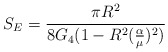
\begin{align*}S_{E} = \frac {\pi R^{2}}{8 G_{4} (1 - R^2 (\frac{\alpha}{\mu})^{2})} \end{align*}